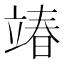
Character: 𮄵